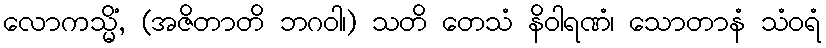
လောကသ္မိံ, (အဇိတာတိ ဘဂဝါ၊) သတိ တေသံ နိဝါရဏံ၊ သောတာနံ သံဝရံ